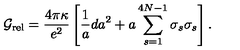
{ \cal G } _ { \mathrm { r e l } } = \frac { 4 \pi \kappa } { e ^ { 2 } } \left[ \frac { 1 } { a } d a ^ { 2 } + a \sum _ { s = 1 } ^ { 4 N - 1 } \sigma _ { s } \sigma _ { s } \right] .